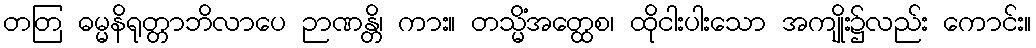
တတြ ဓမ္မနိရုတ္တာဘိလာပေ ဉာဏန္တိ၊ ကား။ တသ္မိံအတ္ထေစ၊ ထိုငါးပါးသော အကျိုး၌လည်း ကောင်း။